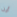
أين